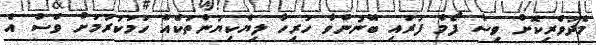
މެދުވެރިކޮށް ވިސާ ފޯމް ފުރައި ބޭނުންވާ ހުރިހާ ލިޔެކިޔުންތަކެއް ހަމަކުރުމަށް ވެސް އެ